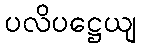
ပလိပဋ္ဌေယျ